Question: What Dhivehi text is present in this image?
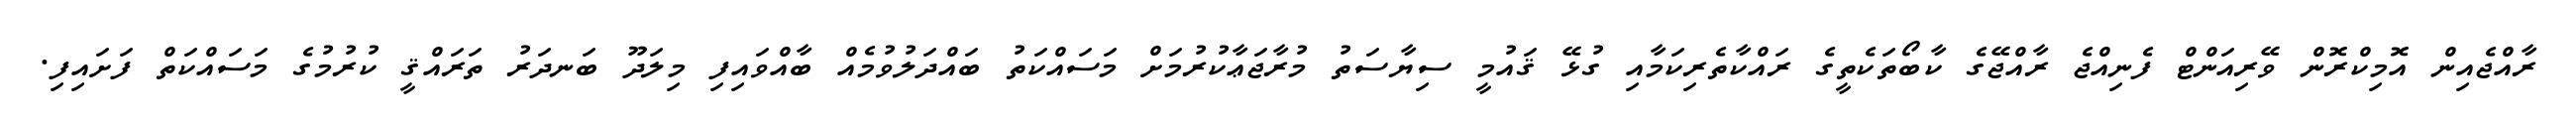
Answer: ރާއްޖެއިން އޮމިކްރޮން ވޭރިއަންޓް ފެނިއްޖެ ރާއްޖޭގެ ކާބޯތަކެތީގެ ރައްކާތެރިކަމާއި ގުޅޭ ޤައުމީ ސިޔާސަތު މުރާޖަޢާކުރުމަށް މަސައްކަތު ބައްދަލުވުމެއް ބާއްވައިފި މިލަދޫ ބަނދަރު ތަރައްޤީ ކުރުމުގެ މަސައްކަތް ފަށައިފި.